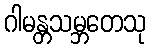
ဂါမန္တသမ္ဘတေသု